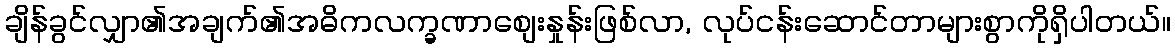
ချိန်ခွင်လျှာ၏အချက်၏အဓိကလက္ခဏာစျေးနှုန်းဖြစ်လာ, လုပ်ငန်းဆောင်တာများစွာကိုရှိပါတယ်။